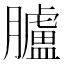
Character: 臚